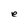
Character: e